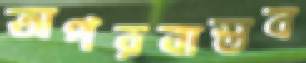
অপরবাস্তব